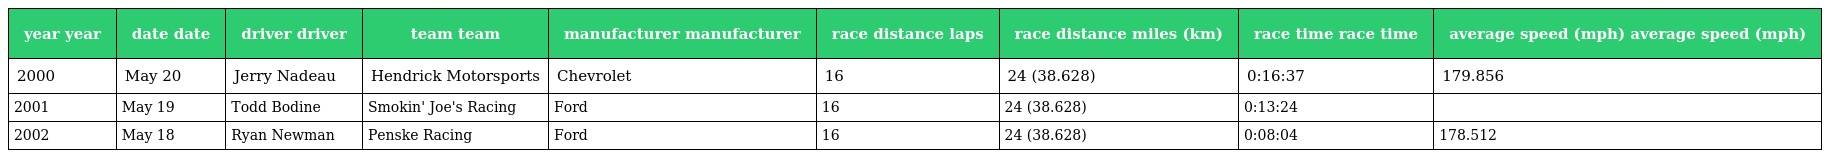
| year year | date date | driver driver | team team | manufacturer manufacturer | race distance laps | race distance miles (km) | race time race time | average speed (mph) average speed (mph) |
 | --- | --- | --- | --- | --- | --- | --- | --- | --- |
 | 2000 | May 20 | Jerry Nadeau | Hendrick Motorsports | Chevrolet | 16 | 24 (38.628) | 0:16:37 | 179.856 |
 | 2001 | May 19 | Todd Bodine | Smokin' Joe's Racing | Ford | 16 | 24 (38.628) | 0:13:24 |  |
 | 2002 | May 18 | Ryan Newman | Penske Racing | Ford | 16 | 24 (38.628) | 0:08:04 | 178.512 |